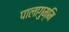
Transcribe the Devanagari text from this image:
पालागुम्मि